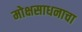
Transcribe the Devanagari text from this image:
मोक्षसाधनाचा